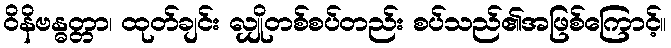
ဝိနိဗန္ဓတ္တာ၊ ထုတ်ချင်း လျှိုတစ်စပ်တည်း စပ်သည်၏အဖြစ်ကြောင့်။